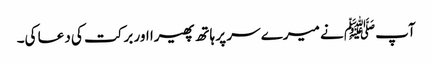
آپﷺ نے میرے سر پر ہاتھ پھیرا اور برکت کی دعا کی۔